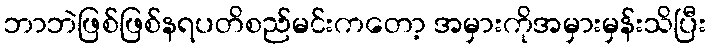
ဘာဘဲဖြစ်ဖြစ်နရပတိစည်မင်းကတော့ အမှားကိုအမှားမှန်းသိပြီး